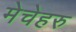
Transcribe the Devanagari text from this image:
मेचेहरु